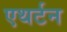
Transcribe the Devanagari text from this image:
एथर्टन